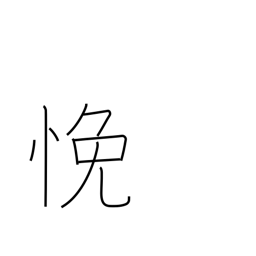
Meaning: be perplexed